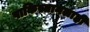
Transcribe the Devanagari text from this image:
पाकिस्तानलाही